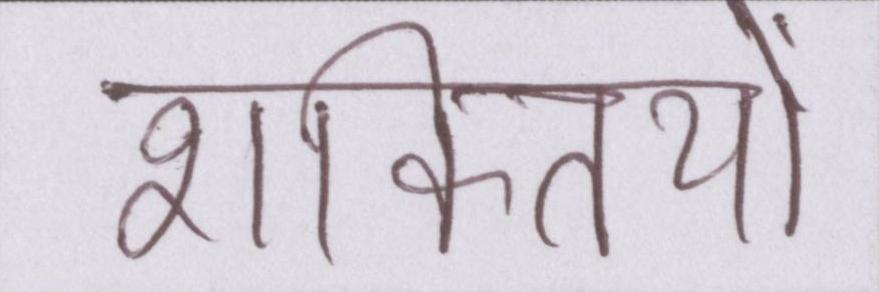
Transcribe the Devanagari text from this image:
शक्तियों